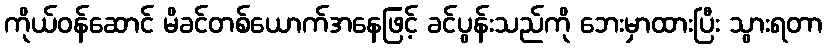
ကိုယ်ဝန်ဆောင် မိခင်တစ်ယောက်အနေဖြင့် ခင်ပွန်းသည်ကို ဘေးမှာထားပြီး သွားရတာ